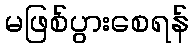
မဖြစ်ပွားစေရန်